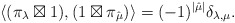
\begin{align*}\langle(\pi_{\lambda}\boxtimes 1),(1\boxtimes \pi_{\hat{\mu}})\rangle=(-1)^{|\hat{\mu}|}\delta_{\lambda,\mu}.\end{align*}